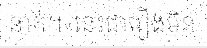
នាក់។«នេះជារឿងមិន